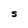
Character: S